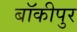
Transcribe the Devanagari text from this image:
बॉकीपुर